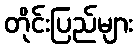
တိုင်းပြည်များ